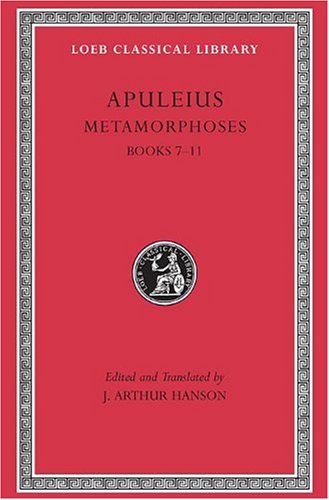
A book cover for Apuleius: Metamorphoses (The Golden Ass), Volume II, Books 7-11 (Loeb Classical Library No. 453); Apuleius; Literature & Fiction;